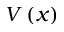
V \left( x \right)